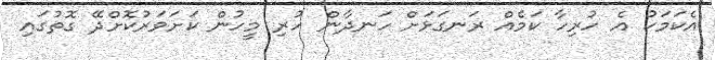
އެކަމަކު އެ ހުރިހާ ކަމެއް ރަނގަޅަށް ހަނދާން ހުރި މީހުން ކަށަވަރުކޮށްދޭ ގޮތުގައި